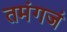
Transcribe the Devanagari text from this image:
तमंगजं